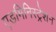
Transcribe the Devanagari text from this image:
एडमिनिस्‍ट्रेशन